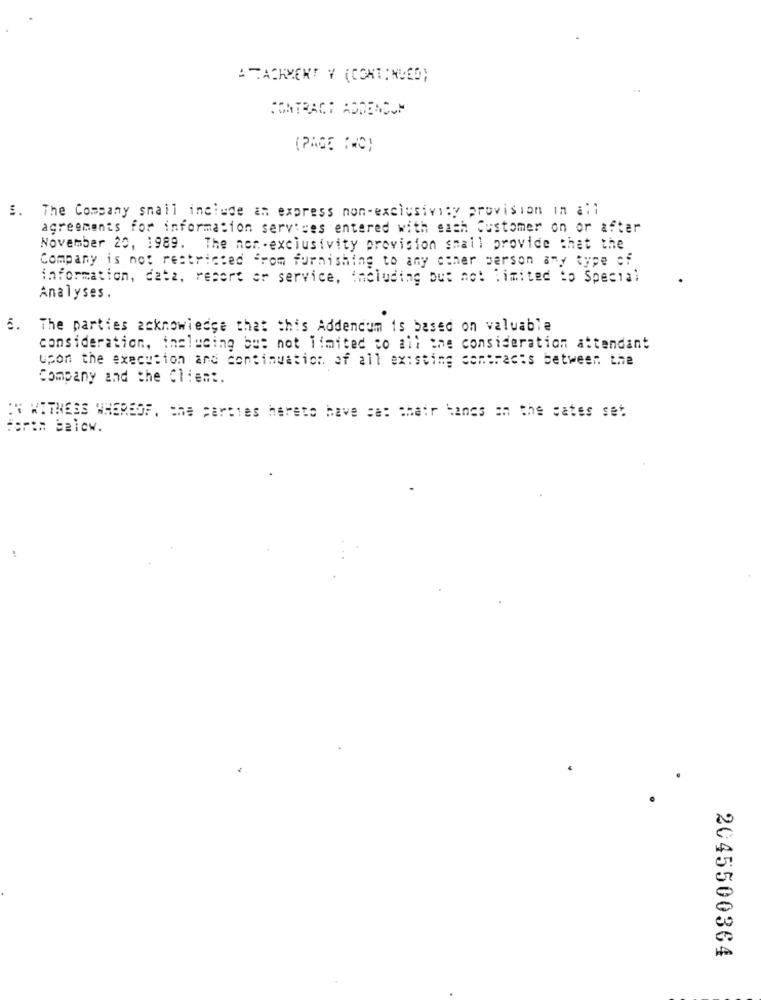
A TACKMENT Y (CONTINUED)
CONTRACT ADDENDUM
(PAGE (NC)
S. The Company snail include an express non-exclusivity provision in all
agreements for information services entered with each Customer on or after
November 20, 1989. The non-exclusivity provision small provide that the
Company is not restricted from furnishing to any other person any type of
information, data, report er service, including but not limited to Special
Analyses.
5. The parties acknowledge that this Addendum is based on valuable
consideration, including but not limited to all the consideration attendant
upon the execution and continuation of all existing contracts between the
Company and the Client.
EN WITNESS WHEREOF, the parties hereto have sa: chair hands on the gates set
For:# below.
2045500364